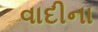
વાદીના